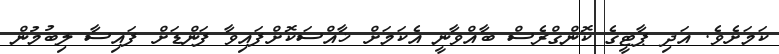
ކަމަށެވެ. އަދި ޕާޓީގެ ކޮންގްރެސް ބާއްވާނީ އެކަމަށް ޚާއްސަކޮށްފައިވާ ފަންޑަށް ފައިސާ ލިބުމުން